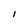
Character: l